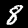
Digit: 8